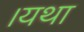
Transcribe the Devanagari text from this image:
।यथा